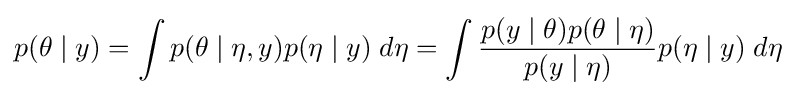
p(\theta \mid y)=\int p(\theta \mid \eta ,y)p(\eta \mid y)\;d\eta =\int {\frac {p(y\mid \theta )p(\theta \mid \eta )}{p(y\mid \eta )}}p(\eta \mid y)\;d\eta